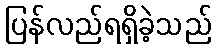
ပြန်လည်ရရှိခဲ့သည်